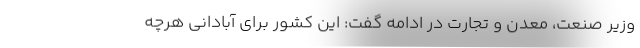
وزیر صنعت، معدن و تجارت در ادامه گفت: این کشور برای آبادانی هرچه